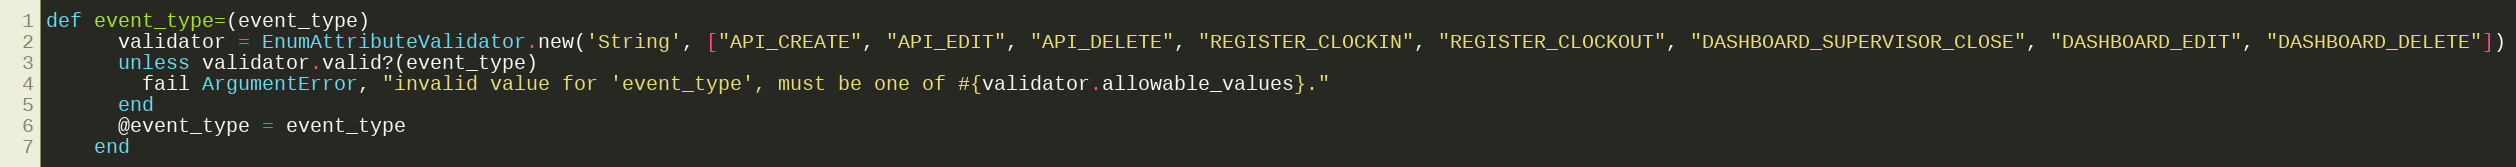
Language: Ruby
def event_type=(event_type)
      validator = EnumAttributeValidator.new('String', ["API_CREATE", "API_EDIT", "API_DELETE", "REGISTER_CLOCKIN", "REGISTER_CLOCKOUT", "DASHBOARD_SUPERVISOR_CLOSE", "DASHBOARD_EDIT", "DASHBOARD_DELETE"])
      unless validator.valid?(event_type)
        fail ArgumentError, "invalid value for 'event_type', must be one of #{validator.allowable_values}."
      end
      @event_type = event_type
    end